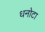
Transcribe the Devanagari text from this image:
धनोटा